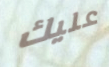
عليك